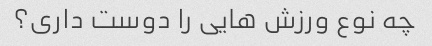
چه نوع ورزش هایی را دوست داری؟